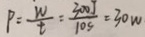
P = \frac { W } { t } = \frac { 3 0 0 j } { 1 0 s } = 3 0 w